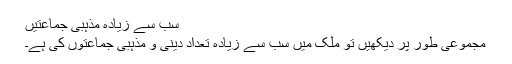
سب سے زیادہ مذہبی جماعتیں
مجموعی طور پر دیکھیں تو ملک میں سب سے زیادہ تعداد دینی و مذہبی جماعتوں کی ہے۔